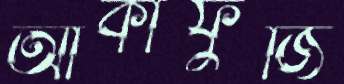
আকাফুজি